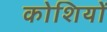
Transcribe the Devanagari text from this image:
कोशियों